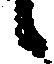
候